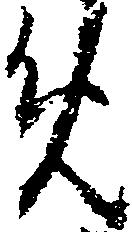
め